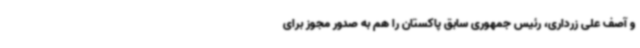
و آصف علی زرداری، رئیس جمهوری سابق پاکستان را هم به صدور مجوز برای